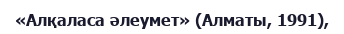
«Алқаласа әлеумет» (Алматы, 1991),